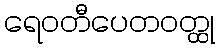
ရေဝတီပေတဝတ္ထု